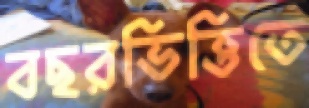
বছরভিত্তিতে